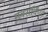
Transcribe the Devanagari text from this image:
सबसर्विएंट